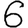
Digit: 6